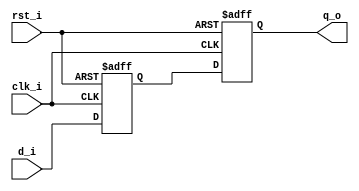
// This program was cloned from: https://github.com/IObundle/iob-soc
// License: MIT License

`timescale 1 ns / 1 ps

module iob_fp_dq # (
             parameter WIDTH=8,
             parameter DEPTH=2
             )
  (
   input              clk_i,
   input              rst_i,
   output [WIDTH-1:0] q_o,
   input [WIDTH-1:0]  d_i
   );

   integer            i;
   integer            j;
   reg [WIDTH-1:0]    delay_line [DEPTH-1:0];
   always @(posedge clk_i,posedge rst_i) begin
      if(rst_i) begin
         for (i=0; i < DEPTH; i=i+1) begin
            delay_line[i] <= 0;
         end
      end else begin
         delay_line[0] <= d_i;
         for (j=1; j < DEPTH; j=j+1) begin
            delay_line[j] <= delay_line[j-1];
         end
      end
   end

   assign q_o = delay_line[DEPTH-1];

endmodule